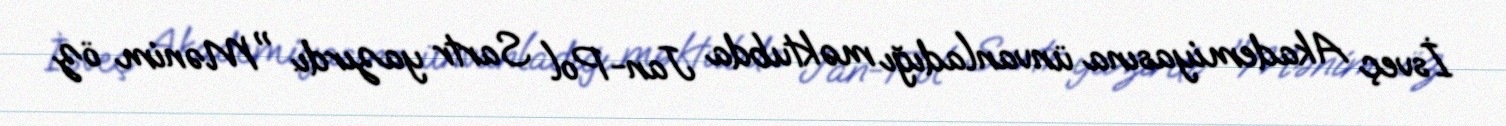
İsveç Akademiyasına ünvanladığı məktubda Jan-Pol Sartr yazırdı: "Mənim öz